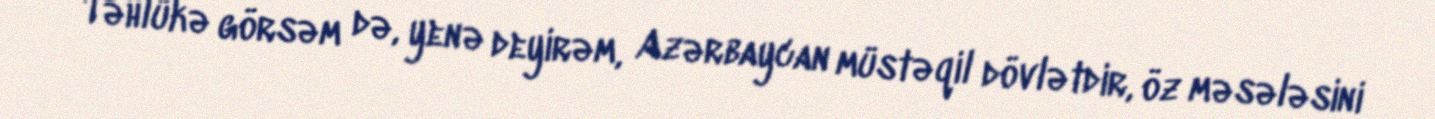
- Təhlükə görsəm də, yenə deyirəm, Azərbaycan müstəqil dövlətdir, öz məsələsini